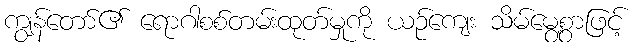
ကျွန်တော်၏ ရောဂါစစ်တမ်းထုတ်မှုကို ယဉ်ကျေး သိမ်မွေ့စွာဖြင့်